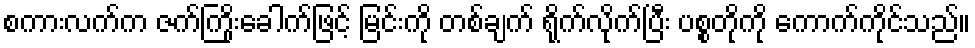
စကားလက်က ဇက်ကြိုးခေါက်ဖြင့် မြင်းကို တစ်ချက် ရိုက်လိုက်ပြီး ပစ္စတိုကို ကောက်ကိုင်သည်။